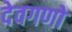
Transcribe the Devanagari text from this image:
देवगणो